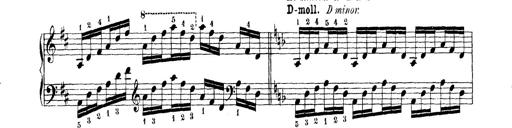
Title: Technische Studien
Composer: Franz Liszt